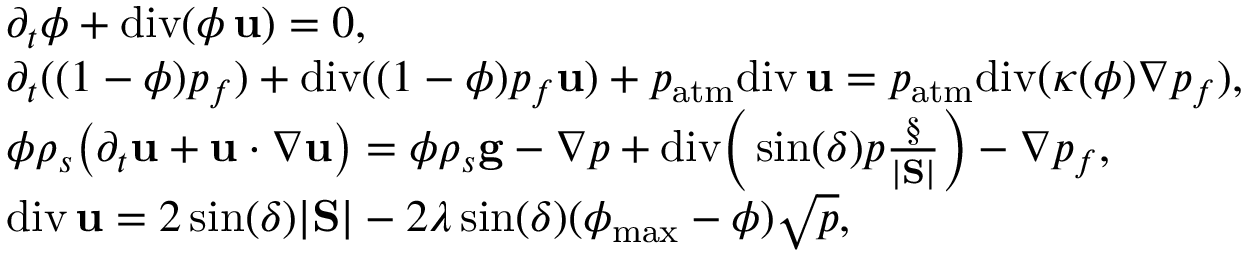
\begin{array} { r l } & { \partial _ { t } \phi + \mathrm { d i v } ( \phi \, { \bf u } ) = 0 , } \\ & { \partial _ { t } ( ( 1 - \phi ) p _ { f } ) + \mathrm { d i v } ( ( 1 - \phi ) p _ { f } { \bf u } ) + p _ { \mathrm { a t m } } \mathrm { d i v } \, { \bf u } = p _ { \mathrm { a t m } } \mathrm { d i v } ( \kappa ( \phi ) \nabla p _ { f } ) , } \\ & { \phi \rho _ { s } \big ( \partial _ { t } { \bf u } + { \bf u } \boldsymbol { \cdot } \nabla { \bf u } \big ) = \phi \rho _ { s } { \bf g } - \nabla p + \mathrm { d i v } \Big ( \sin ( \delta ) p \frac { \S } { | \mathrm { \bf S } | } \Big ) - \nabla p _ { f } , } \\ & { \mathrm { d i v } \, { \bf u } = 2 \sin ( \delta ) | \mathrm { \bf S } | - 2 \lambda \sin ( \delta ) ( \phi _ { \mathrm { m a x } } - \phi ) \sqrt { p } , } \end{array}